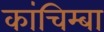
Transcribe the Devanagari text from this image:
कांचिम्बा